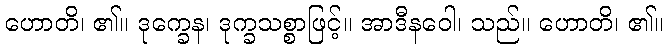
ဟောတိ၊ ၏။ ဒုက္ခေန၊ ဒုက္ခသစ္စာဖြင့်။ အာဒီနဝေါ၊ သည်။ ဟောတိ၊ ၏။